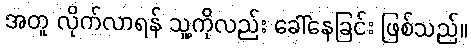
အတူ လိုက်လာရန် သူ့ကိုလည်း ခေါ်နေခြင်း ဖြစ်သည်။